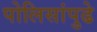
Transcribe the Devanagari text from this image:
पोलिसांपुढे